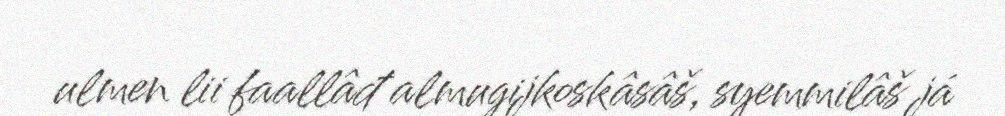
ulmen lii faallâđ almugijkoskâsâš, syemmilâš já